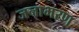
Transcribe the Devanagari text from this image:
जनाभरण